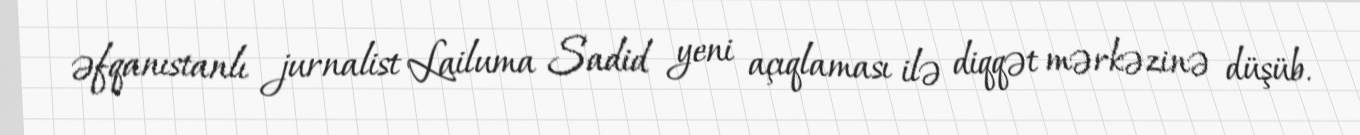
əfqanıstanlı jurnalist Lailuma Sadid yeni açıqlaması ilə diqqət mərkəzinə düşüb.